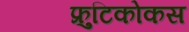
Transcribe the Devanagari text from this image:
फ्रुटिकोकस